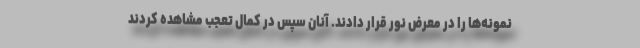
نمونه‌ها را در معرض نور قرار دادند. آنان سپس در کمال تعجب مشاهده کردند